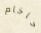
حاخام